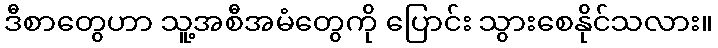
ဒီစာတွေဟာ သူ့အစီအမံတွေကို ပြောင်း သွားစေနိုင်သလား။